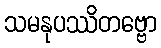
သမနုပဿိတဗ္ဗော